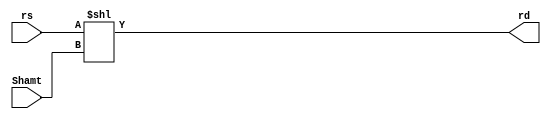

module sll (rs,Shamt,rd);
	input [31:0] rs;
	input [4:0] Shamt;
	output [31:0] rd ;
	assign {rd} = rs << Shamt ;
endmodule